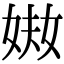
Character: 𡝈